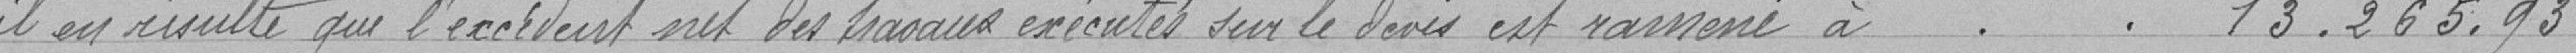
" il en résulte que l'excédent net des travaux exécutés sur le devis est ramené à 13 265.93